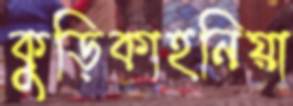
কুড়িকাহনিয়া